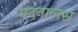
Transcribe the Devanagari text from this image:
मदनालस